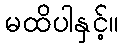
မထိပါနှင့်။